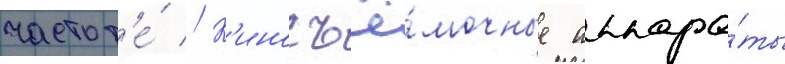
частот'е́ // К'иносъё́мочные аппара́ты